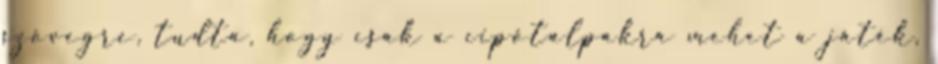
szövegre, tudta, hogy csak a cipőtalpakra mehet a játék,